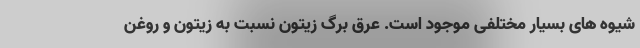
شیوه های بسیار مختلفی موجود است. عرق برگ زیتون نسبت به زیتون و روغن